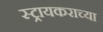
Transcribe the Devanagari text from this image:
स्ट्रायकराच्या